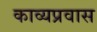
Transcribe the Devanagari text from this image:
काव्यप्रवास